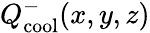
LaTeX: Q_{\mathrm{cool}}^{-}(x,y,z)